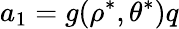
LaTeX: a_{1}=g(\rho^{\ast},\theta^{\ast})q